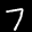
Label: 7